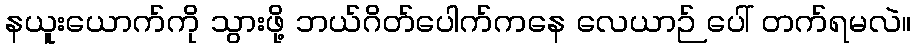
နယူးယောက်ကို သွားဖို့ ဘယ်ဂိတ်ပေါက်ကနေ လေယာဉ် ပေါ် တက်ရမလဲ။